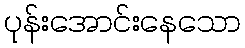
ပုန်းအောင်းနေသော